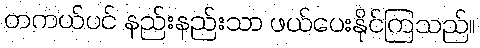
တကယ်ပင် နည်းနည်းသာ ဖယ်ပေးနိုင်ကြသည်။